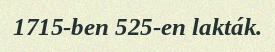
1715-ben 525-en lakták.